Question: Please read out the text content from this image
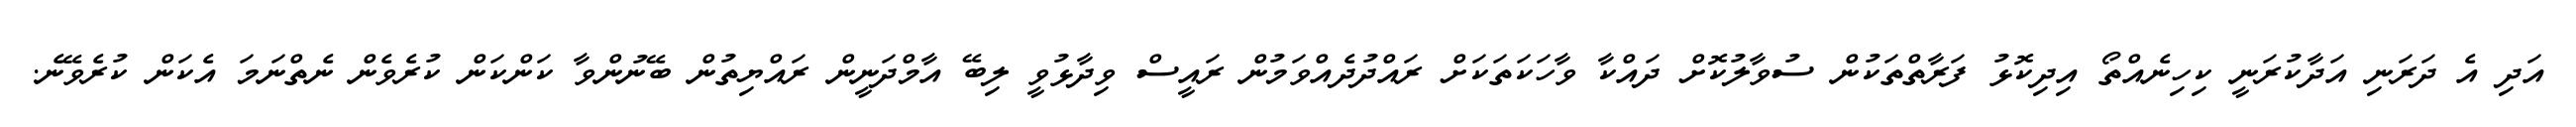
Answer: އަދި އެ ދަރަނި އަދާކުރަނީ ކިހިނެއްތޯ އިދިކޮޅު ފަރާތްތަކުން ސުވާލުކޮށް ދައްކާ ވާހަކަތަކަށް ރައްދުދެއްވަމުން ރައީސް ވިދާޅުވީ ލިބޭ އާމްދަނީން ރައްޔިތުން ބޭނުންވާ ކަންކަން ކުރެވެން ނެތްނަމަ އެކަން ކުރެވޭނެ.